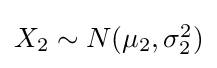
{\textstyle X_{2}\sim N(\mu _{2},\sigma _{2}^{2})}